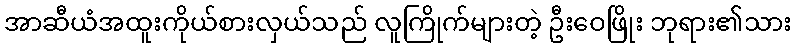
အာဆီယံအထူးကိုယ်စားလှယ်သည် လူကြိုက်များတဲ့ ဦးဝေဖြိုး ဘုရား၏သား